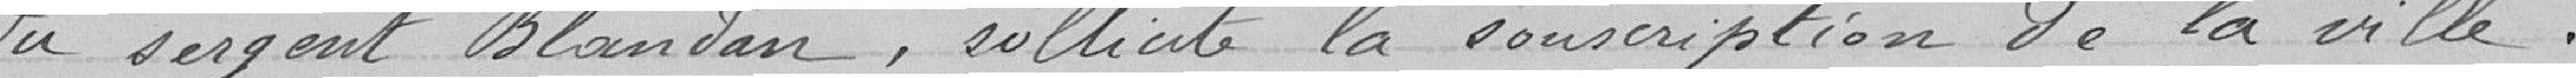
du sergent Blandan, sollicite la souscription de la vielle.